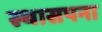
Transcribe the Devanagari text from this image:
स्थासपना